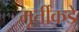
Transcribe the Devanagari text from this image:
मूर्तीकडे